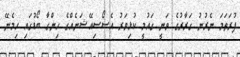
ފުރަތަމަ ނެރުނު ގަރާރުގެ ވަނީ ގައުމީ ކުޅިވަރު އެސޯސިއޭޝަނެއްގެ ހިންގާ ބޯޑުގައި ހިމެނޭ